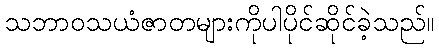
သဘာဝသယံဇာတများကိုပါပိုင်ဆိုင်ခဲ့သည်။